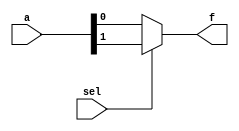
`timescale 1ns/100ps

module mux2to1_assign(f ,a, sel);

	output f;
	input [1:0] a;
	input sel;

	assign f = (sel)? a[1] : a[0];

endmodule